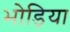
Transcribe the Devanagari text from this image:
भोड़िया